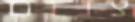
צנום